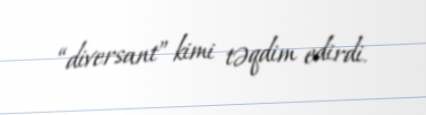
“diversant” kimi təqdim edirdi.